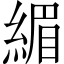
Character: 𫃷